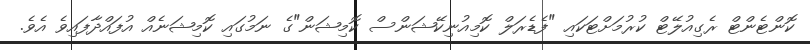
ކޮންޓެންޓް ރެގިއުލޭޓް ކުރުމަށްޓަކައި "ފެޑެރަލް ކޮމިއުނިކޭޝަންސް ކޮމިޝަން"ގެ ނަމުގައި ކޮމިޝަނެއް އުފައްދާފައިވެ އެވެ.